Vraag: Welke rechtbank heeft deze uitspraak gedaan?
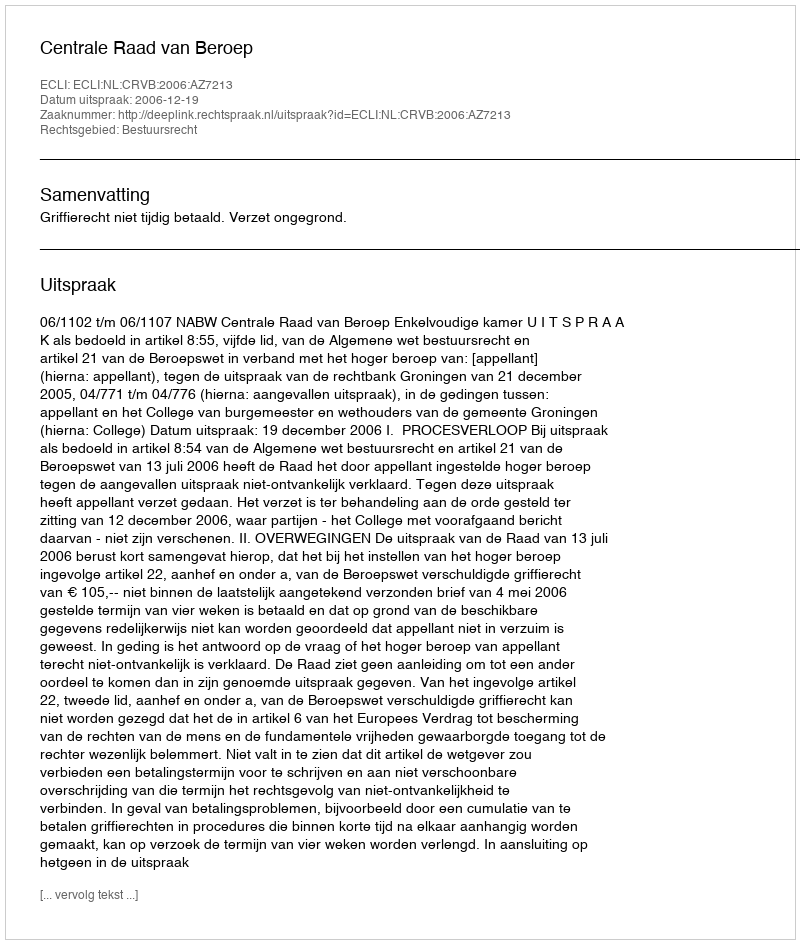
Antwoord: Centrale Raad van Beroep